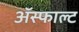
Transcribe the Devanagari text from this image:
ॲस्फाल्ट